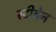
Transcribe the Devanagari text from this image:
स्‍टीवेन